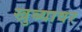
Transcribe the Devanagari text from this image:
खुब्यावर